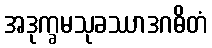
အဒုက္ခမသုခဿာဒဂဓိတံ